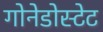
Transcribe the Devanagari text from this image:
गोनेडोस्टेट